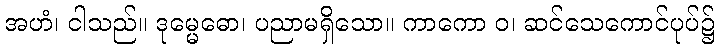
အဟံ၊ ငါသည်။ ဒုမ္မေဓော၊ ပညာမရှိသော။ ကာကော ဝ၊ ဆင်သေကောင်ပုပ်၌